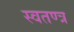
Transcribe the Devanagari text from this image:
स्वतण्त्र